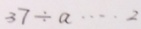
3 7 \div a \cdots 2